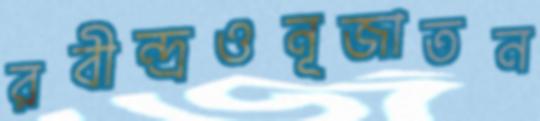
রবীন্দ্রওনূজাতন